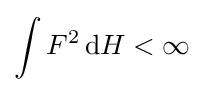
\int F^{2}\,\mathrm {d} H<\infty